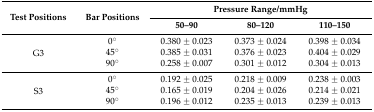
<table><thead><tr><td rowspan="2"><b>Test Positions</b></td><td rowspan="2"><b>Bar Positions</b></td><td colspan="3"><b>Pressure Range/mmHg</b></td></tr><tr><td><b>50–90</b></td><td><b>80–120</b></td><td><b>110–150</b></td></tr></thead><tbody><tr><td rowspan="3">G3</td><td>0°</td><td>0.380 ± 0.023</td><td>0.373 ± 0.024</td><td>0.398 ± 0.034</td></tr><tr><td>45°</td><td>0.385 ± 0.031</td><td>0.376 ± 0.023</td><td>0.404 ± 0.029</td></tr><tr><td>90°</td><td>0.258 ± 0.007</td><td>0.301 ± 0.012</td><td>0.304 ± 0.013</td></tr><tr><td rowspan="3">S3</td><td>0°</td><td>0.192 ± 0.025</td><td>0.218 ± 0.009</td><td>0.238 ± 0.003</td></tr><tr><td>45°</td><td>0.165 ± 0.019</td><td>0.204 ± 0.026</td><td>0.214 ± 0.021</td></tr><tr><td>90°</td><td>0.196 ± 0.012</td><td>0.235 ± 0.013</td><td>0.239 ± 0.013</td></tr></tbody></table>